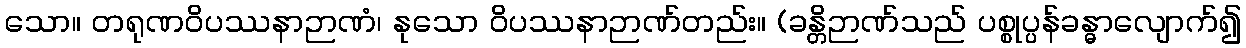
သော။ တရုဏဝိပဿနာဉာဏံ၊ နုသော ဝိပဿနာဉာဏ်တည်း။ (ခန္တိဉာဏ်သည် ပစ္စုပ္ပန်ခန္ဓာလျောက်၍